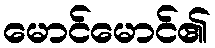
မောင်မောင်၏